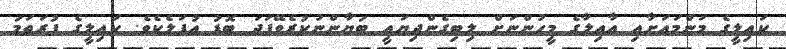
ކައިލީގެ މަންމައަށާއި އާއިލާގެ މީހުންނަށް ލިބިގެންދިޔައީ ބަޔާންނުކުރެވޭފަދަ ބޮޑު އުފަލެކެވެ. ކައިލީގެ ފުރަތަމަ